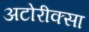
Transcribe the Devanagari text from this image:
अटोरीक्सा